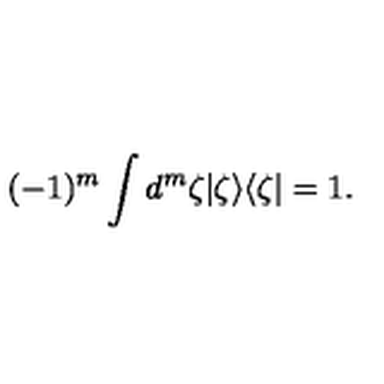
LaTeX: ( - 1 ) ^ { m } \int d ^ { m } \zeta | \zeta \rangle \langle \zeta | = 1 .